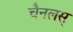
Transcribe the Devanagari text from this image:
चैनलस्